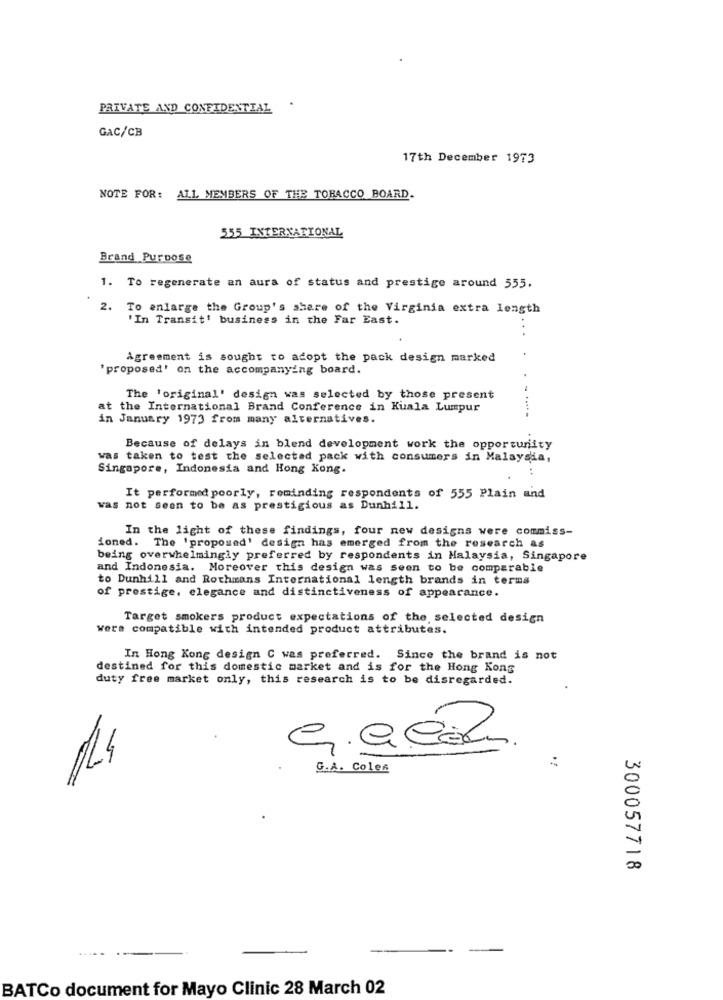
PRIVATE AND CONFIDENTIAL
GAC/CB
17th December 1973
NOTE FOR: ALL MEMBERS OF THE TOBACCO BOARD.
555 INTERNATIONAL
Brand Purpose
1. To regenerate an aura of status and prestige around 555.
2.
To enlarge the Group's share of the Virginia extra length
'In Transit' business in the Far East.
Agreement is sought to adopt the pack design marked
'proposed' on the accompanying board.
The 'original' design was selected by those present
at the International Brand Conference in Kuala Lumpur
in January 1973 from many alternatives.
Because of delays in blend development work the opportunity
was taken to test the selected pack with consumers in Malaysia,
Singapore, Indonesia and Hong Kong.
It performed poorly, reminding respondents of 555 Plain and
was not seen to be as prestigious as Dunhill.
In the light of these findings, four new designs were commiss-
ioned. The 'proposed' design has emerged from the research as
being overwhelmingly preferred by respondents in Malaysia, Singapore
and Indonesia. Moreover this design was seen to be comparable
to Dunhill and Rothmans International length brands in terms
of prestige, elegance and distinctiveness of appearance.
Target smokers product expectations of the selected design
were compatible with intended product attributes.
In Hong Kong design C was preferred. Since the brand is not
destined for this domestic market and is for the Hong Kong
duty free market only, this research is to be disregarded.
G.A. Colen
V
00
300057718
BATCo document for Mayo Clinic 28 March 02